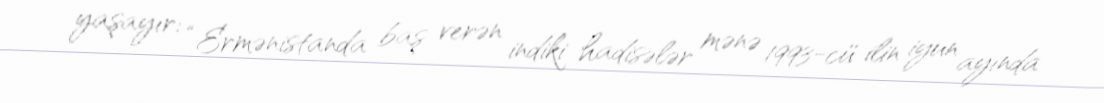
yaşayır: “Ermənistanda baş verən indiki hadisələr mənə 1993-cü ilin iyun ayında